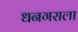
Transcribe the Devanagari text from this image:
धनगराला